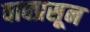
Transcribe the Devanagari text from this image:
वाक्प्रसून